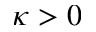
\kappa > 0